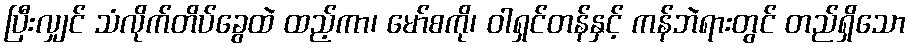
ပြီးလျှင် သံလိုက်တိပ်ခွေထဲ ထည့်ကာ၊ မော်စကို၊ ဝါရှင်တန်နှင့် ကန်ဘဲရားတွင် တည်ရှိသော